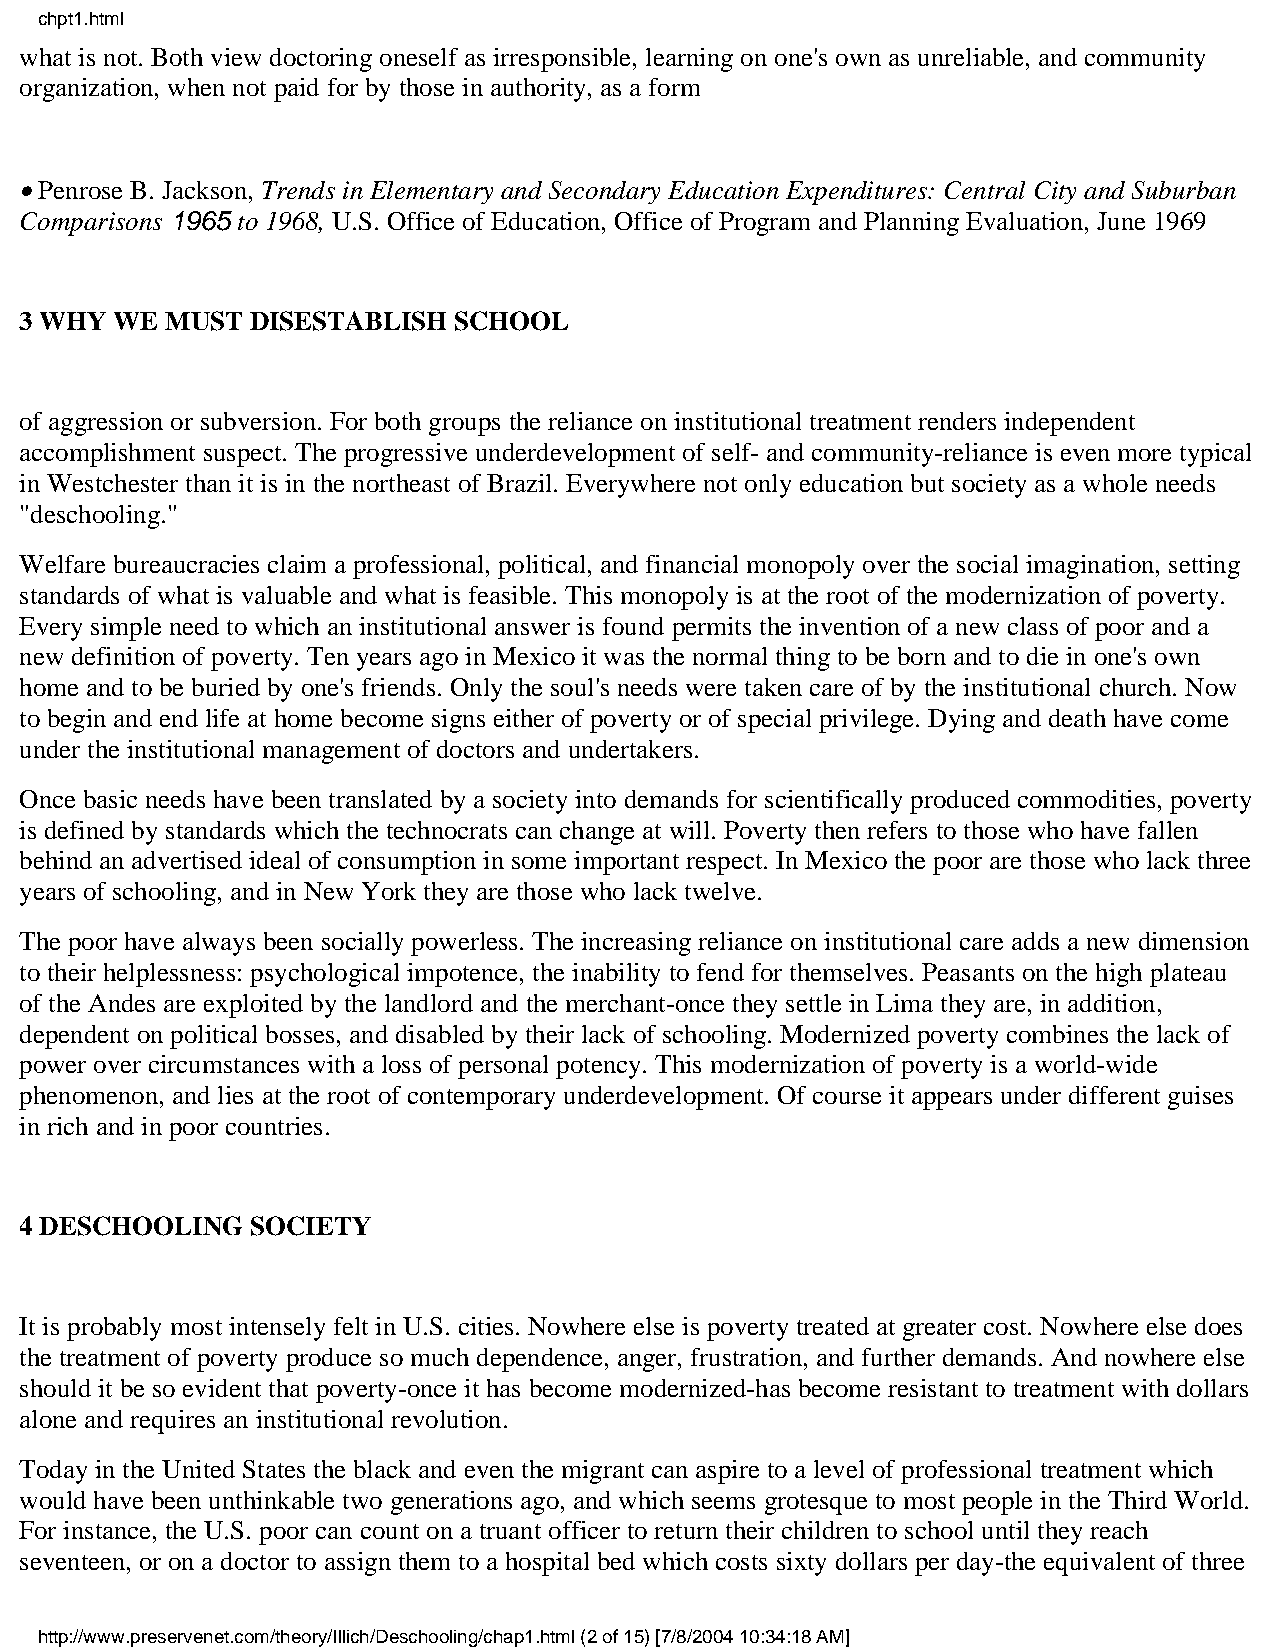
chpt1.html
 what is not. Both view doctoring oneself as irresponsible, learning on one's own as unreliable, and community
 organization, when not paid for by those in authority, as a form
 • Penrose B. Jackson, Trends in Elementary and Secondary Education Expenditures: Central City and Suburban
 Comparisons 1965 to 1968, U.S. Office of Education, Office of Program and Planning Evaluation, June 1969
 3 WHY  WE MUST  DISESTABLISH SCHOOL
 of aggression or subversion. For both groups the reliance on institutional treatment renders independent
 accomplishment suspect. The progressive underdevelopment of self- and community-reliance is even more typical
 in Westchester than it is in the northeast of Brazil. Everywhere not only education but society as a whole needs
 "deschooling."
 Welfare bureaucracies claim a professional, political, and financial monopoly over the social imagination, setting
 standards of what is valuable and what is feasible. This monopoly is at the root of the modernization of poverty.
 Every simple need to which an institutional answer is found permits the invention of a new class of poor and a
 new definition of poverty. Ten years ago in Mexico it was the normal thing to be born and to die in one's own
 home and to be buried by one's friends. Only the soul's needs were taken care of by the institutional church. Now
 to begin and end life at home become signs either of poverty or of special privilege. Dying and death have come
 under the institutional management of doctors and undertakers.
 Once basic needs have been translated by a society into demands for scientifically produced commodities, poverty
 is defined by standards which the technocrats can change at will. Poverty then refers to those who have fallen
 behind an advertised ideal of consumption in some important respect. In Mexico the poor are those who lack three
 years of schooling, and in New York they are those who lack twelve.
 The poor have always been socially powerless. The increasing reliance on institutional care adds a new dimension
 to their helplessness: psychological impotence, the inability to fend for themselves. Peasants on the high plateau
 of the Andes are exploited by the landlord and the merchant-once they settle in Lima they are, in addition,
 dependent on political bosses, and disabled by their lack of schooling. Modernized poverty combines the lack of
 power over circumstances with a loss of personal potency. This modernization of poverty is a world-wide
 phenomenon, and lies at the root of contemporary underdevelopment. Of course it appears under different guises
 in rich and in poor countries.
 4 DESCHOOLING   SOCIETY
 It is probably most intensely felt in U.S. cities. Nowhere else is poverty treated at greater cost. Nowhere else does
 the treatment of poverty produce so much dependence, anger, frustration, and further demands. And nowhere else
 should it be so evident that poverty-once it has become modernized-has become resistant to treatment with dollars
 alone and requires an institutional revolution.
 Today in the United States the black and even the migrant can aspire to a level of professional treatment which
 would have been unthinkable two generations ago, and which seems grotesque to most people in the Third World.
 For instance, the U.S. poor can count on a truant officer to return their children to school until they reach
 seventeen, or on a doctor to assign them to a hospital bed which costs sixty dollars per day-the equivalent of three
 http://www.preservenet.com/theory/Illich/Deschooling/chap1.html (2 of 15) [7/8/2004 10:34:18 AM]